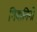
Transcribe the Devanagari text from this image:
गियानिनी